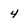
Character: 4